Report of the Indian Hemp Drugs Commission, 1894-1895 - Volume IV
Year: 1894
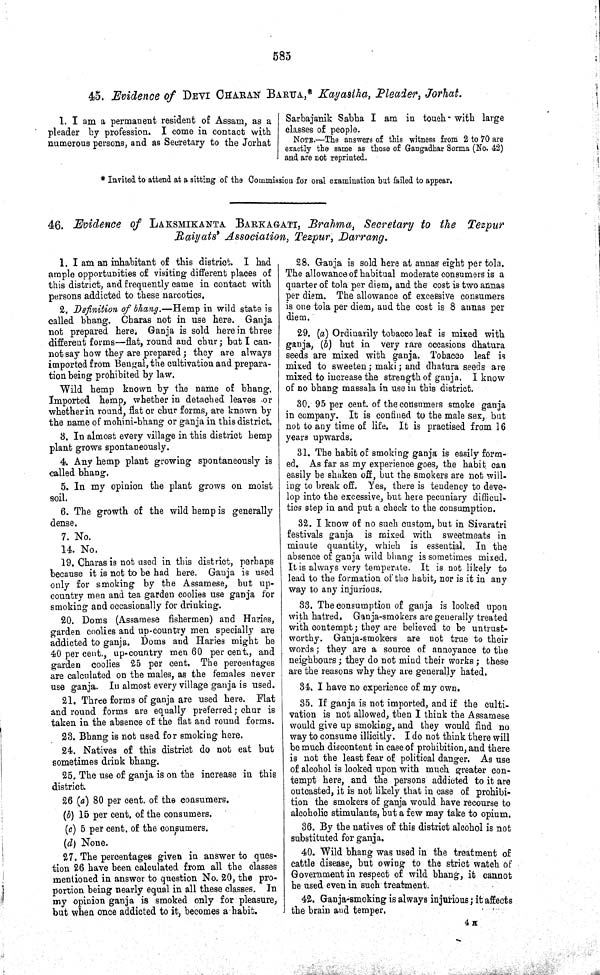
585
45. Evidence of DEVI CHARAN BARUA,* Kayastha, Pleader, Jorhat.
1. I am a permanent resident of Assam, as a
pleader by profession. I come in contact with
numerous persons, and as Secretary to the Jorhat
Sarbajanik Sabha I am in touch with large
classes of people.
NOTE.—The answers of this witness from 2 to 70 are
exactly the same as those of Gangadhar Sorma (No. 42)
and are not reprinted.
* Invited to attend at a sitting of the Commission for oral examination but failed to appear.
46. Evidence of LAKSMIKANTA BARKAGATI, Brahma, Secretary to the Tezpur
Raiyats' Association, Tezpur, Darrang.
1. I am an inhabitant of this district. I had
ample opportunities of visiting different places of
this district, and frequently came in contact with
persons addicted to these narcotics.
2. Definition of bhang.—Hemp in wild state is
called bhang. Charas not in use here. Ganja
not prepared here. Ganja is sold herein three
different forms—flat, round and chur; but I can-
not say how they are prepared; they are always
imported from Bengal, the cultivation and prepara-
tion being prohibited by law.
Wild hemp known by the name of bhang.
Imported hemp, whether in detached leaves or
whether in round, flat or chur forms, are known by
the name of mohini-bhang or ganja in this district.
3. In almost every village in this district hemp
plant grows spontaneously.
4. Any hemp plant growing spontaneously is
called bhang.
5. In my opinion the plant grows on moist
soil.
6. The growth of the wild hemp is generally
dense.
7. No.
14. No.
19. Charas is not used in this district, perhaps
because it is not to be had here. Ganja is used
only for smoking by the Assamese, but up-
country men and tea garden coolies use ganja for
smoking and occasionally for drinking.
20. Doms (Assamese fishermen) and Haries,
garden coolies and up-country men specially are
addicted to ganja. Doms and Haries might be
40 per cent., up-country men 60 per cent., and
garden coolies 25 per cent. The percentages
are calculated on the males, as the females never
use ganja. In almost every village ganja is used.
21. Three forms of ganja are used here. Flat
and round forms are equally preferred; chur is
taken in the absence of the flat and round forms.
23. Bhang is not used for smoking here.
24. Natives of this district do not eat but
sometimes drink bhang.
25. The use of ganja is on the increase in this
district.
26 (a) 80 per cent. of the consumers.
(b) 15 per cent. of the consumers.
(c) 5 per cent. of the consumers.
(d) None.
27. The percentages given in answer to ques-
tion 26 have been calculated from all the classes
mentioned in answer to question No. 20, the pro-
portion being nearly equal in all these classes. In
my opinion ganja is smoked only for pleasure,
but when once addicted to it, becomes a habit.
28. Ganja is sold here at annas eight per tola.
The allowance of habitual moderate consumers is a
quarter of tola per diem, and the cost is two annas
per diem. The allowance of excessive consumers
is one tola per diem, and the cost is 8 annas per
diem.
29. (a) Ordinarily tobacco leaf is mixed with
ganja, (b) but in very rare occasions dhatura
seeds are mixed with ganja. Tobacco leaf is
mixed to sweeten; maki; and dhatura seeds are
mixed to increase the strength of ganja. I know
of no bhang massala in use in this district.
30. 95 per cent. of the consumers smoke ganja
in company. It is confined to the male sex, but
not to any time of life. It is practised from 16
years upwards.
31. The habit of smoking ganja is easily form-
ed. As far as my experience goes, the habit can
easily be shaken off, but the smokers are not will-
ing to break off. Yes, there is tendency to deve-
lop into the excessive, but here pecuniary difficul-
ties step in and put a check to the consumption.
32. I know of no such custom, but in Sivaratri
festivals ganja is mixed with sweetmeats in
minute quantity, which is essential. In the
absence of ganja wild bhang is sometimes mixed.
It is always very temperate. It is not likely to
lead to the formation of the habit, nor is it in any
way to any injurious.
33. The consumption of ganja is looked upon
with hatred. Ganja-smokers are generally treated
with contempt; they are believed to be untrust-
worthy. Ganja-smokers are not true to their
words; they are a source of annoyance to the
neighbours; they do not mind their works; these
are the reasons why they are generally hated.
34. I have no experience of my own.
35. If ganja is not imported, and if the culti-
vation is not allowed, then I think the Assamese
would give up smoking, and they would find no
way to consume illicitly. I do not think there will
be much discontent in case of prohibition, and there
is not the least fear of political danger. As use
of alcohol is looked upon with much greater con-
tempt here, and the persons addicted to it are
outcasted, it is not likely that in case of prohibi-
tion the smokers of ganja would have recourse to
alcoholic stimulants, but a few may take to opium.
36. By the natives of this district alcohol is not
substituted for ganja.
40. Wild bhang was used in the treatment of
cattle disease, but owing to the strict watch of
Government in respect of wild bhang, it cannot
be used even in such treatment.
42. Ganja-smoking is always injurious; it affects
the brain and temper.
4 H